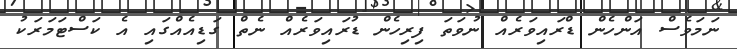
ނަމަވެސް އަންހެން ޑްރައިވަރެއް ނުވަތަ ފިރިހެން ޑުރައިވަރެއް ނެތް ގަޑިއެއްގައި އެ ކަސްޓަމަރަކު